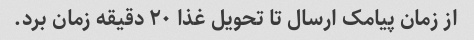
از زمان پیامک ارسال تا تحویل غذا ۲۰ دقیقه زمان برد.